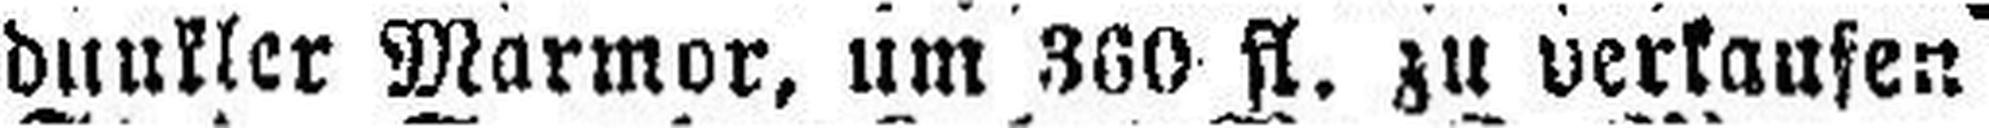
dunkler Marmor, um 360 fl. zu verkaufen